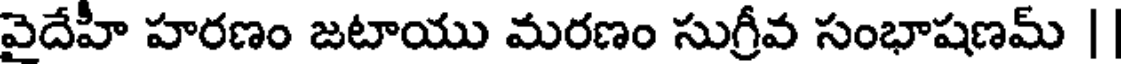
వైదేహీ హరణం జటాయు మరణం సుగ్రీవ సంభాషణమ్ |